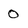
Character: 0